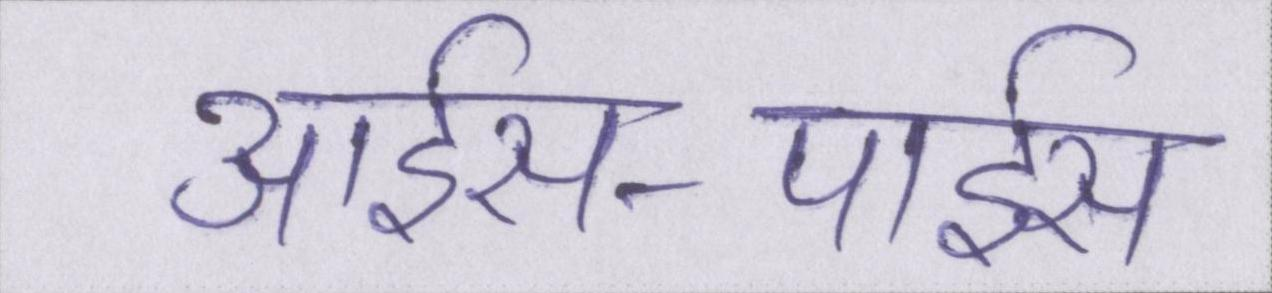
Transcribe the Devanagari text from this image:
आईस-पाईस